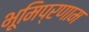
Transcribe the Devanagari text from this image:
भूमिप्रणाम